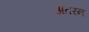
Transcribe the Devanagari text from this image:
अंतरन